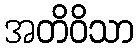
အတိဝိသာ